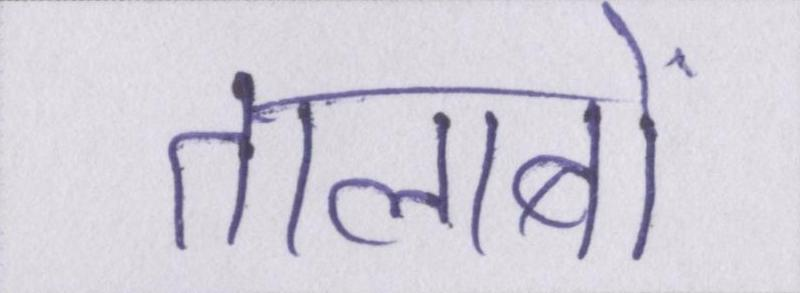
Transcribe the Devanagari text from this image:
तालाबों